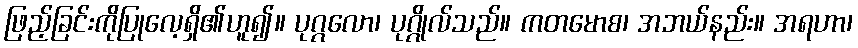
ဖြည့်ခြင်းကိုပြုလေ့ရှိ၏ဟူ၍။ ပုဂ္ဂလော၊ ပုဂ္ဂိုလ်သည်။ ကတမောစ၊ အဘယ်နည်း။ အရဟာ၊